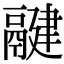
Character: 𩱃